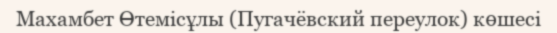
Махамбет Өтемісұлы (Пугачёвский переулок) көшесі